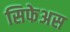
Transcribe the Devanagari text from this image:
सिफेअस